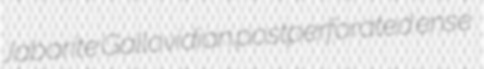
Jabarite Gallovidian postperforated ense